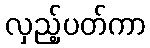
လှည့်ပတ်ကာ